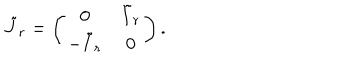
LaTeX: \tilde { J } _ { r } = \left( \begin{array} { c c } { { 0 } } & { { \tilde { I } _ { r } } } \\ { { - \tilde { I } _ { r } } } & { { 0 } } \\ \end{array} \right) .